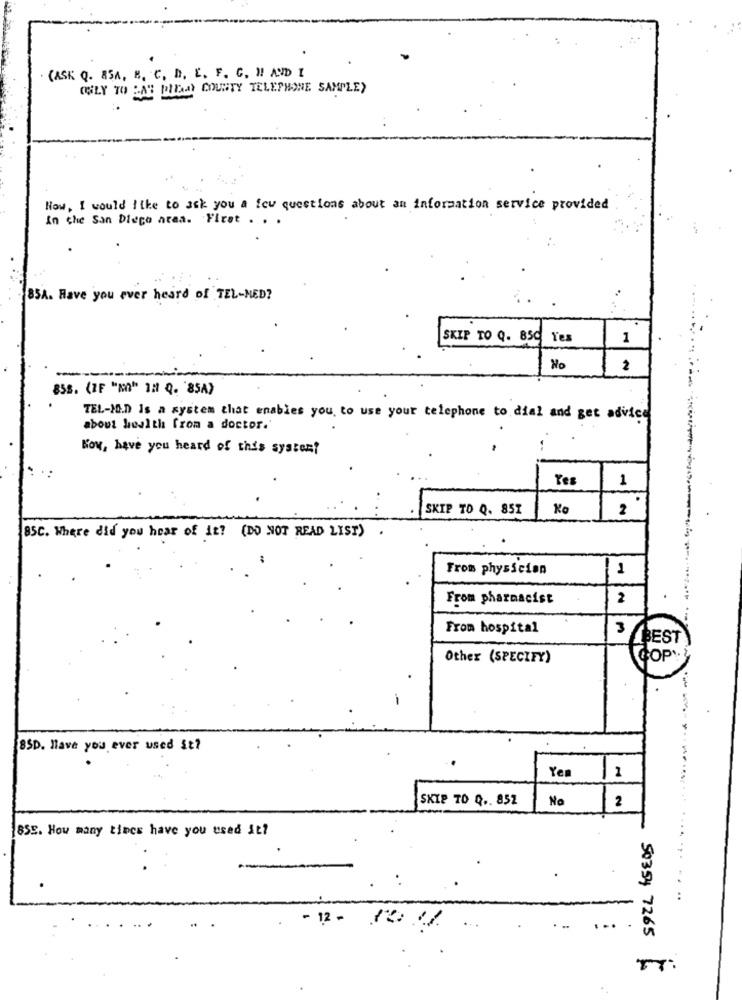
(ASK Q. 85A, B, C, D, E. F. C. H! AND 1
(OLY TO "A" PIEAMY COUNTY TELEPHONE SAMPLE>
How, I would like to ask you a few questions about an information service provided
In che San Diego area. First . ..
85A. Have you ever heard of TEL-NED?
SKIP TO Q. 850 Yes
1
No
2
858. (IF "NO" 12 Q. '85A)
TEL-10.0 Is a system that enables you to use your telephone to dial and get advice
about health from a doctor.'
Kow, have you heard of this system?
Yes
1
SKIP TO Q. 857
2
85C. Where did you hear of it? (DO NOT READ LIST)
From physician
1
From pharmacist
2
From hospital
BEST
Other (SPECIFY)
GOP':
85D. Have you ever used it?
Ye
1
SKIP TO Q .. 852
No
2
8SE. How many times have you used it?
- 12 -
50354 7265
T7: